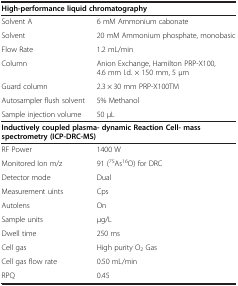
<table><thead><tr><td colspan="2"><b>High-performance liquid chromatography</b></td></tr></thead><tbody><tr><td>Solvent A</td><td>6 mM Ammonium cabonate</td></tr><tr><td>Solvent</td><td>20 mM Ammonium phosphate, monobasic</td></tr><tr><td>Flow Rate</td><td>1.2 mL/min</td></tr><tr><td>Column</td><td>Anion Exchange, Hamilton PRP-X100, 4.6 mm I.d. × 150 mm, 5 μm</td></tr><tr><td>Guard column</td><td>2.3 × 30 mm PRP-X100TM</td></tr><tr><td>Autosampler flush solvent</td><td>5% Methanol</td></tr><tr><td>Sample injection volume</td><td>50 μL</td></tr><tr><td colspan="2"><b>Inductively coupled plasma- dynamic Reaction Cell- mass</b></td></tr><tr><td colspan="2"><b>spectrometry (ICP-DRC-MS)</b></td></tr><tr><td>RF Power</td><td>1400 W</td></tr><tr><td>Monitored Ion m/z</td><td>91 (<sup>75</sup>As<sup>16</sup>O) for DRC</td></tr><tr><td>Detector mode</td><td>Dual</td></tr><tr><td>Measurement uints</td><td>Cps</td></tr><tr><td>Autolens</td><td>On</td></tr><tr><td>Sample units</td><td>μg/L</td></tr><tr><td>Dwell time</td><td>250 ms</td></tr><tr><td>Cell gas</td><td>High purity O<sub>2</sub> Gas</td></tr><tr><td>Cell gas flow rate</td><td>0.50 mL/min</td></tr><tr><td>RPQ</td><td>0.45</td></tr></tbody></table>